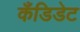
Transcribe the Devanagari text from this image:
कँडिडेट